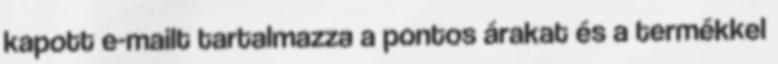
kapott e-mailt tartalmazza a pontos árakat és a termékkel